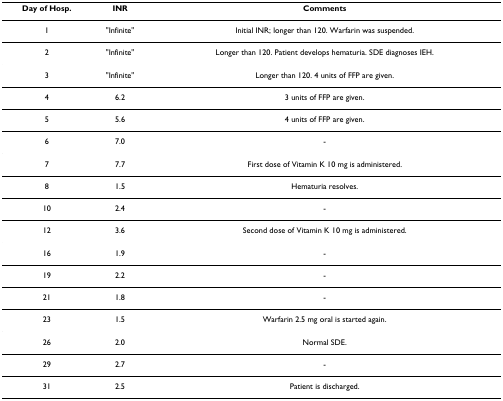
<table><thead><tr><td><b>Day of Hosp.</b></td><td><b>INR</b></td><td><b>Comments</b></td></tr></thead><tbody><tr><td>1</td><td>&quot;Infinite&quot;</td><td>Initial INR; longer than 120. Warfarin was suspended.</td></tr><tr><td>2</td><td>&quot;Infinite&quot;</td><td>Longer than 120. Patient develops hematuria. SDE diagnoses IEH.</td></tr><tr><td>3</td><td>&quot;Infinite&quot;</td><td>Longer than 120. 4 units of FFP are given.</td></tr><tr><td>4</td><td>6.2</td><td>3 units of FFP are given.</td></tr><tr><td>5</td><td>5.6</td><td>4 units of FFP are given.</td></tr><tr><td>6</td><td>7.0</td><td>-</td></tr><tr><td>7</td><td>7.7</td><td>First dose of Vitamin K 10 mg is administered.</td></tr><tr><td>8</td><td>1.5</td><td>Hematuria resolves.</td></tr><tr><td>10</td><td>2.4</td><td>-</td></tr><tr><td>12</td><td>3.6</td><td>Second dose of Vitamin K 10 mg is administered.</td></tr><tr><td>16</td><td>1.9</td><td>-</td></tr><tr><td>19</td><td>2.2</td><td>-</td></tr><tr><td>21</td><td>1.8</td><td>-</td></tr><tr><td>23</td><td>1.5</td><td>Warfarin 2.5 mg oral is started again.</td></tr><tr><td>26</td><td>2.0</td><td>Normal SDE.</td></tr><tr><td>29</td><td>2.7</td><td>-</td></tr><tr><td>31</td><td>2.5</td><td>Patient is discharged.</td></tr></tbody></table>